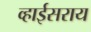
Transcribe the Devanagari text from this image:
व्हाईसराय